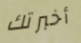
أخبرتك